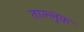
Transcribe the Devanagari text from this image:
ताल्लूक